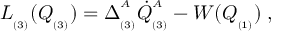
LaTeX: L _ { _ { ( 3 ) } } ( Q _ { _ { ( 3 ) } } ) = \Delta _ { _ { ( 3 ) } } ^ { ^ { A } } \dot { Q } _ { _ { ( 3 ) } } ^ { ^ { A } } - W ( Q _ { _ { ( 1 ) } } ) \; ,